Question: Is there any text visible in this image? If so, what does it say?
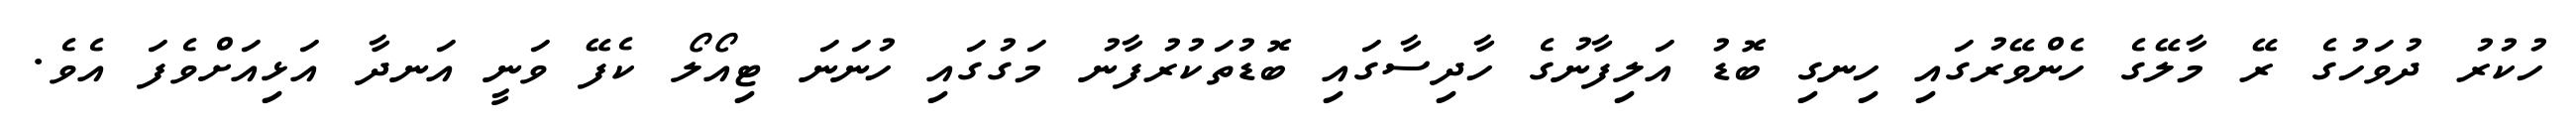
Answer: ހުކުރު ދުވަހުގެ ރޭ މާލޭގެ ހެންވޭރުގައި ހިނގި ބޮޑު އަލިފާނުގެ ހާދިސާގައި ބޮޑުތަކުރުފާނު މަގުގައި ހުނަނަ ޓިއޯލޯ ކެފޭ ވަނީ އަނދާ އަޅިއަށްވެފަ އެވެ.